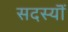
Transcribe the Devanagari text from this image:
सदस्यॊं